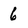
Character: 6